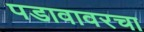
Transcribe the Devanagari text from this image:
पडावावरचा